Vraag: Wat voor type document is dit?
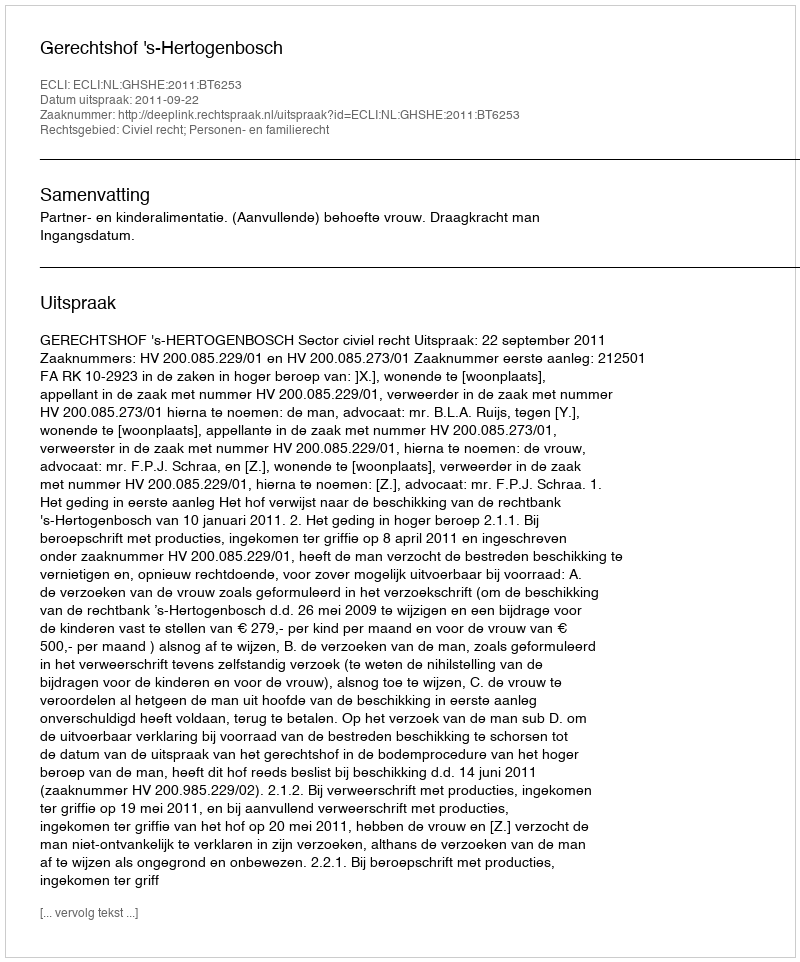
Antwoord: Uitspraak